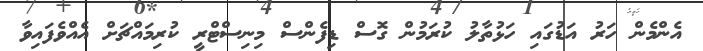
އެންމެން ހަރު އަޑުގައި ހަޅުތާލު ކުރަމުން ގޮސް ޑިފެންސް މިނިސްޓްރީ ކުރިމައްޗަށް އެއްވެފައިވާ